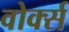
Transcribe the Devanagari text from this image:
वोर्क्स